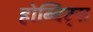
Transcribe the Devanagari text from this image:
होब्बिट्स